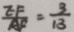
\frac { E F } { A F } = \frac { 3 } { 1 3 }